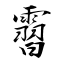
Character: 霫